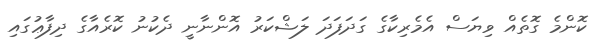
ކޮންމެ ގޮތެއް ވިޔަސް އެމެރިކާގެ ގަދަފަދަ ލަޝްކަރު އޮންނާނީ ދެކުނު ކޮރެއާގެ ދިފާޢުގައި